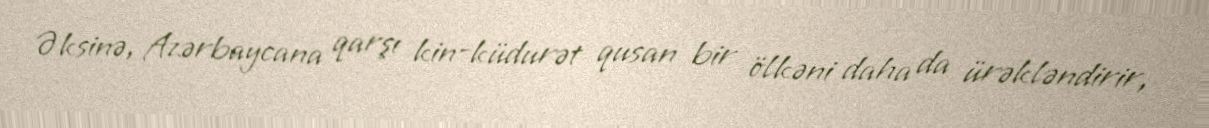
Əksinə, Azərbaycana qarşı kin-küdurət qusan bir ölkəni daha da ürəkləndirir,